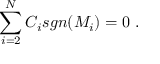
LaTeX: \sum _ { i = 2 } ^ { N } C _ { i } s g n ( M _ { i } ) = 0 \ .